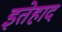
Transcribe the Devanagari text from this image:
इतेहाद